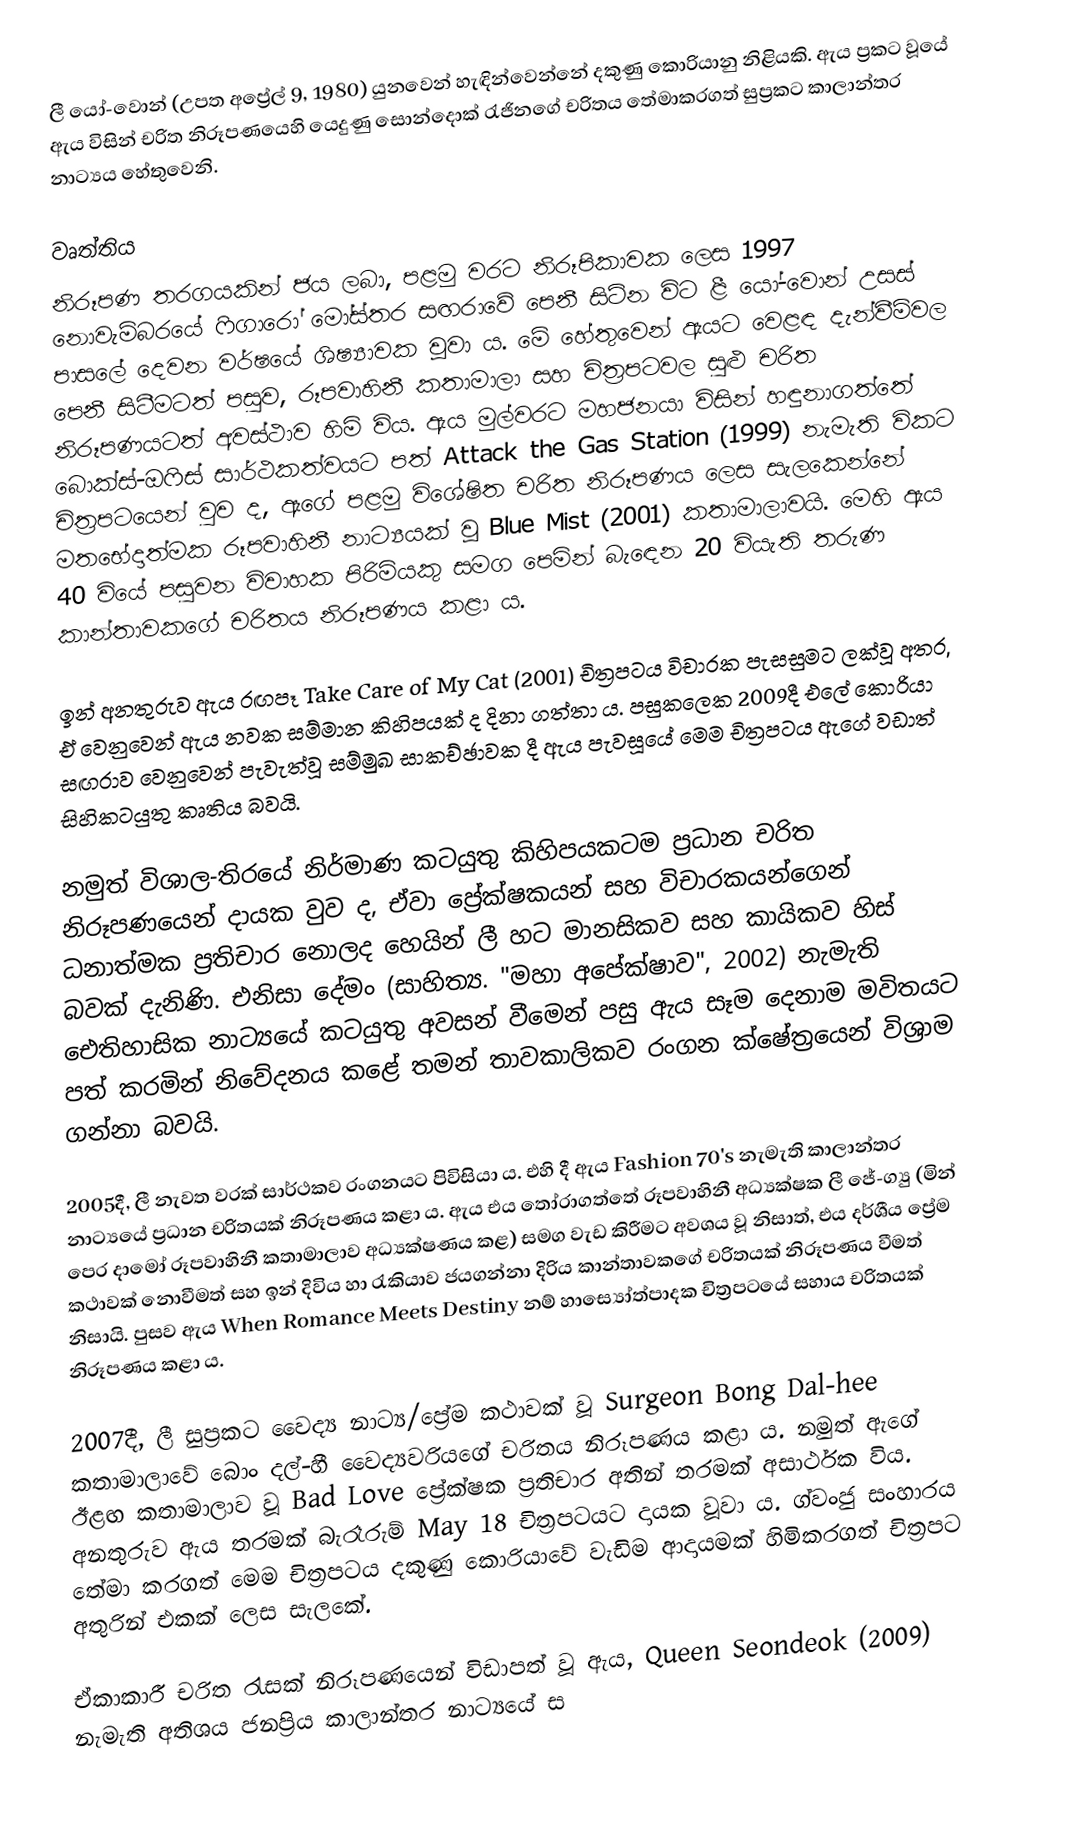
ලී යෝ-වොන් (උපත අප්‍රේල් 9, 1980) යුනවෙන් හැඳින්වෙන්නේ දකුණු කොරියානු නිළියකි. ඇය ප්‍රකට වූයේ ඇය විසින් චරිත නිරූපණයෙහි යෙදුණු සොන්දොක් රැජිනගේ චරිතය තේමාකරගත් සුප්‍රකට කාලාන්තර නාට්‍යය හේතුවෙනි.

වෘත්තිය
නිරූපණ තරගයකින් ජය ලබා, පළමු වරට නිරූපිකාවක ලෙස 1997 නොවැම්බරයේ ෆිගාරෝ මෝස්තර සඟරාවේ පෙනී සිටින විට ළී යෝ-වොන් උසස් පාසලේ දෙවන වර්ෂයේ ශිෂ්‍යාවක වූවා ය. මේ හේතුවෙන් ඇයට වෙළඳ දැන්වීම්වල පෙනී සිටීමටත් පසුව, රූපවාහිනී කතාමාලා සහ චිත්‍රපටවල සුළු චරිත නිරූපණයටත් අවස්ථාව හිමි විය. ඇය මුල්වරට මහජනයා විසින් හඳුනාගත්තේ බොක්ස්-ඔෆිස් සාර්ථකත්වයට පත් Attack the Gas Station (1999) නැමැති විකට චිත්‍රපටයෙන් වුව ද, ඇගේ පළමු විශේෂිත චරිත නිරූපණය ලෙස සැලකෙන්නේ මතභේදාත්මක රූපවාහිනී නාට්‍යයක් වූ Blue Mist (2001) කතාමාලාවයි. මෙහි ඇය 40 වියේ පසුවන විවාහක පිරිමියකු සමග පෙමින් බැ‍ඳෙන 20 වියැති තරුණ කාන්තාවකගේ චරිතය නිරූපණය කළා ය.

ඉන් අනතුරුව ඇය රඟපෑ Take Care of My Cat (2001) චිත්‍රපටය විචාරක පැසසුමට ලක්වූ අතර, ඒ වෙනුවෙන් ඇය නවක සම්මාන කිහිපයක් ද දිනා ගත්තා ය. පසුකලෙක 2009දී එලේ කොරියා සඟරාව වෙනුවෙන් පැවැත්වූ සම්මුඛ සාකච්ඡාවක දී ඇය පැවසූයේ මෙම චිත්‍රපටය ඇගේ වඩාත් සිහිකටයුතු කෘතිය බවයි.

නමුත් විශාල-තිරයේ නිර්මාණ කටයුතු කිහිපයකටම ප්‍රධාන චරිත නිරූපණයෙන් දායක වුව ද, ඒවා ප්‍රේක්ෂකයන් සහ විචාරකයන්ගෙන් ධනාත්මක ප්‍රතිචාර නොලද හෙයින් ලී හට මානසිකව සහ කායිකව හිස් බවක් දැනිණි. එනිසා දේමං (සාහිත්‍ය. "මහා අපේක්ෂාව", 2002) නැමැති ඓතිහාසික නාට්‍යයේ කටයුතු අවසන් වීමෙන් පසු ඇය සෑම දෙනාම මවිතයට පත් කරමින් නිවේදනය කළේ තමන් තාවකාලිකව රංගන ක්ෂේත්‍රයෙන් විශ්‍රාම ගන්නා බවයි.

2005දී, ලී නැවත වරක් සාර්ථකව රංගනයට පිවිසියා ය. එහි දී ඇය Fashion 70's නැමැති කාලාන්තර නාට්‍යයේ ප්‍රධාන චරිතයක් නිරූපණය කළා ය. ඇය එය තෝරාගත්තේ රූපවාහිනී අධ්‍යක්ෂක ලී ජේ-ග්‍යු (මින් පෙර දාමෝ රූපවාහිනී කතාමාලාව අධ්‍යක්ෂණය කළ) සමග වැඩ කිරීමට අවශය වූ නිසාත්, එය දර්ශීය ප්‍රේම කථාවක් නොවීමත් සහ ඉන් දිවිය හා රැකියාව ජයගන්නා දිරිය කාන්තාවකගේ චරිතයක් නිරූපණය වීමත් නිසායි. පුසව ඇය When Romance Meets Destiny නම් හාස්‍යෝත්පාදක චිත්‍රපටයේ සහාය චරිතයක් නිරූපණය කළා ය.

2007දී, ලී සුප්‍රකට වෛද්‍ය නාට්‍ය/ප්‍රේම කථාවක් වූ Surgeon Bong Dal-hee කතාමාලාවේ බොං දල්-හී වෛද්‍යවරියගේ චරිතය නිරූපණය කළා ය. නමුත් ඇගේ ඊළඟ කතාමාලාව වූ Bad Love ප්‍රේක්ෂක ප්‍රතිචාර අතින් තරමක් අසාර්ථක විය. අනතුරුව ඇය තරමක් බැරෑරුම් May 18 චිත්‍රපටයට දායක වූවා ය. ග්වංජු සංහාරය තේමා කරගත් මෙම චිත්‍රපටය දකුණු කොරියාවේ වැඩිම ආදායමක් හිමිකරගත් චිත්‍රපට අතුරින් එකක් ලෙස සැලකේ.

ඒකාකාරී චරිත රැසක් නිරූපණයෙන් විඩාපත් වූ ඇය, Queen Seondeok (2009) නැමැති අතිශය ජනප්‍රිය කාලාන්තර නාට්‍යයේ ස